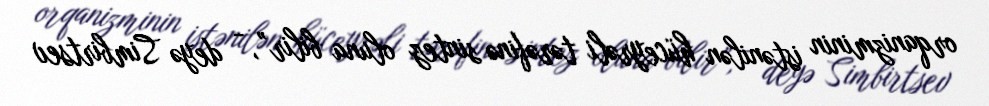
orqanizminin istənilən hüceyrəli tərəfinə sintez oluna bilir”, - deyə Simbirtsev